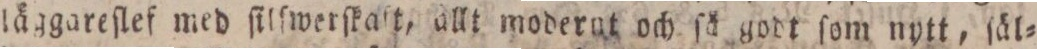
läggareſlef med ſilſwerſkaft, allt moderut och ſå godt ſom nytt, ſäl=